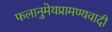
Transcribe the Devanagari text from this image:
फलानुमेयप्रामण्यवादी